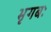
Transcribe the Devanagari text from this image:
भृगबः